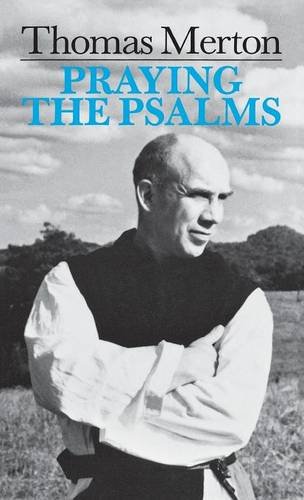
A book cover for Praying the Psalms; Thomas Merton OCSO; Religion & Spirituality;